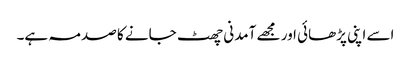
اسے اپنی پڑھائی اور مجھے آمدنی چھٹ جانے کا صدمہ ہے۔